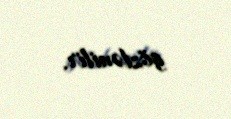
gözlənilir.